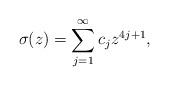
LaTeX: \begin{align*}\sigma (z)=\sum_{j=1}^{\infty}{c}_{j}z^{4j+1}, \end{align*}